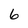
Character: 6